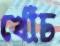
খোঁচ